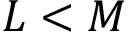
L < M